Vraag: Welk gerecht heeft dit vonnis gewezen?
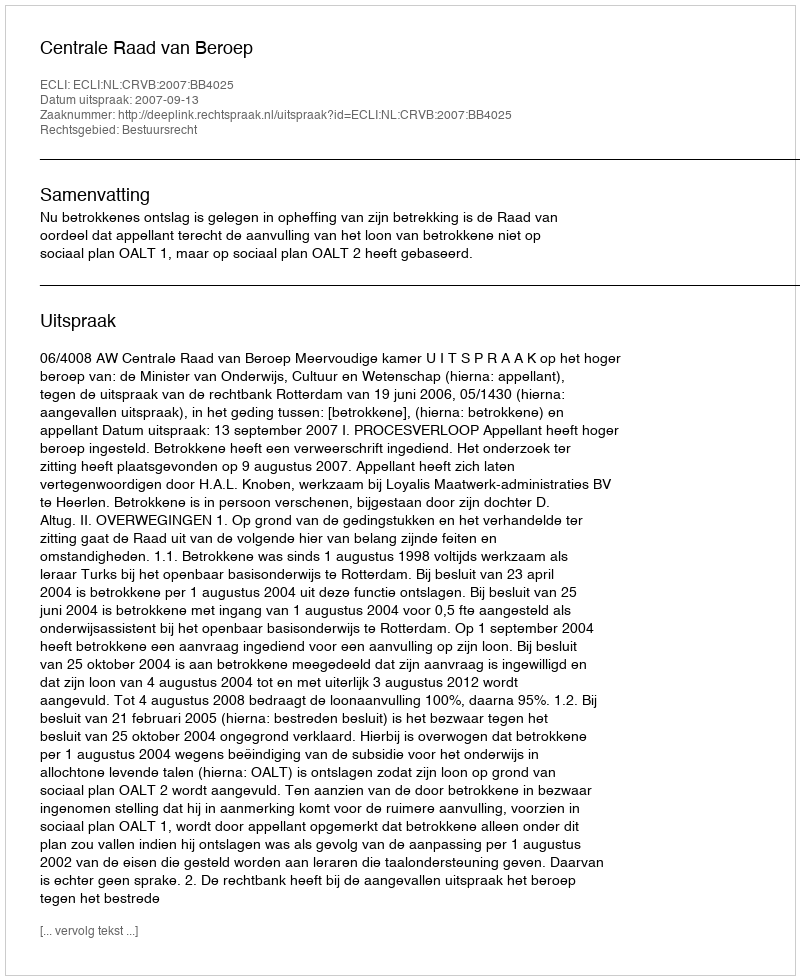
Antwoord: Centrale Raad van Beroep